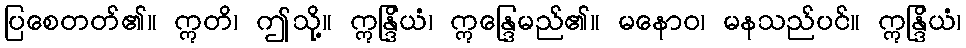
ပြစေတတ်၏။ ဣတိ၊ ဤသို့။ ဣန္ဒြိယံ၊ ဣန္ဒြေမည်၏။ မနောဝ၊ မနသည်ပင်။ ဣန္ဒြိယံ၊